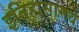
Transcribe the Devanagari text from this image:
इतिहासामधे